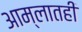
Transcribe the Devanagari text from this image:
आम्लातही